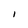
Character: I